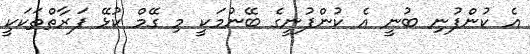
އެ ކުންފުނި ބުނީ އެ ކުންފުނީގެ ބޭނުމަކީ މި ގޭމް ކުޅޭ ފަރާތްތަކަކީ